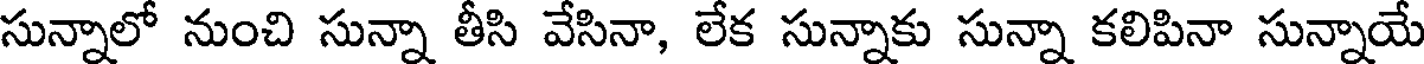
సున్నాలో నుంచి సున్నా తీసి వేసినా, లేక సున్నాకు సున్నా కలిపినా సున్నాయే